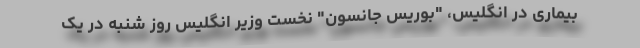
بیماری در انگلیس، "بوریس جانسون" نخست وزیر انگلیس روز شنبه در یک